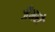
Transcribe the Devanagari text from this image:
जैमरो